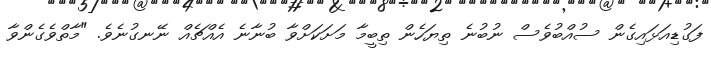
ފަގުޑިއަޅައިގެން ސުއްބުވެސް ނުބުނެ ތިޔަހެން ތިބީމާ މަށަކަށްވާ ބުނާނެ އެއްޗެއް ނޭނގުނެވެ. "މާތްވެގެންވާ